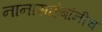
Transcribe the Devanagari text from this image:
नानासाहेबांनीच